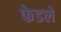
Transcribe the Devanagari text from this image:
फेडलें